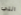
التي